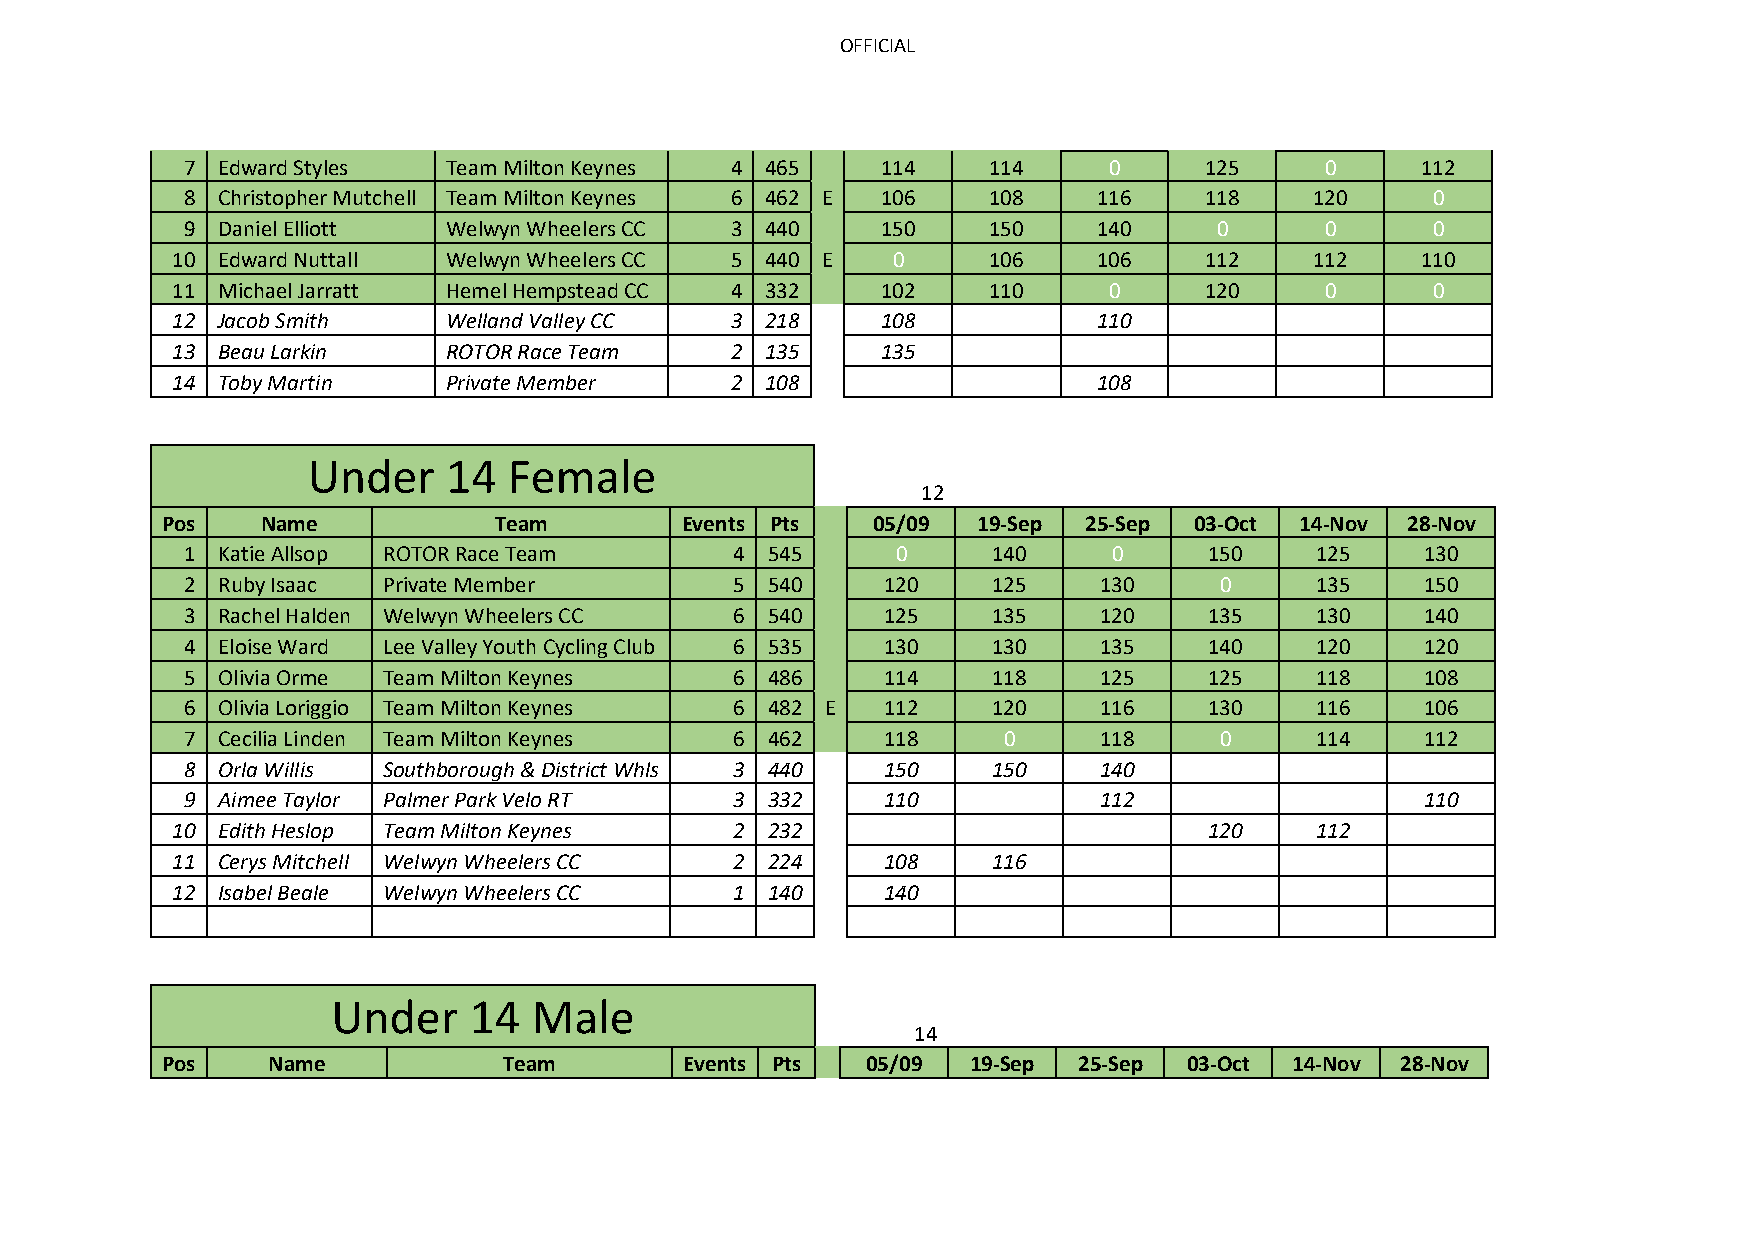
OFFICIAL
 7 Edward Styles  Team Milton Keynes 4  465    114    114     0      125     0     112
 8 Christopher Mutchell Team Milton Keynes 6 462 E 106 108    116    118    120     0
 9 Daniel Elliott Welwyn Wheelers CC 3  440    150    150     140     0      0      0
 10 Edward Nuttall Welwyn Wheelers CC 5  440 E   0     106     106    112    112    110
 11 Michael Jarratt Hemel Hempstead CC 4 332    102    110     0      120     0      0
 12 Jacob Smith    Welland Valley CC  3  218    108     0      110     0      0      0
 13 Beau Larkin    ROTOR Race Team    2  135    135     0      0       0      0      0
 14 Toby Martin    Private Member     2  108     0      0      108     0      0      0
 Under     14  Female
 12
 Pos   Name            Team        Events Pts   05/09  19-Sep 25-Sep 03-Oct 14-Nov 28-Nov
 1 Katie Allsop ROTOR Race Team       4 545     0      140     0     150    125    130
 2 Ruby Isaac Private Member          5 540    120     125    130     0     135    150
 3 Rachel Halden Welwyn Wheelers CC   6 540    125     135    120    135    130    140
 4 Eloise Ward Lee Valley Youth Cycling Club 6 535 130 130    135    140    120    120
 5 Olivia Orme Team Milton Keynes     6 486    114     118    125    125    118    108
 6 Olivia Loriggio Team Milton Keynes 6 482 E  112     120    116    130    116    106
 7 Cecilia Linden Team Milton Keynes  6 462    118     0      118     0     114    112
 8 Orla Willis Southborough & District Whls 3 440 150  150    140     0      0      0
 9 Aimee Taylor Palmer Park Velo RT   3 332    110     0      112     0      0     110
 10 Edith Heslop Team Milton Keynes    2 232     0      0       0     120    112     0
 11 Cerys Mitchell Welwyn Wheelers CC  2 224    108     116     0      0      0      0
 12 Isabel Beale Welwyn Wheelers CC    1 140    140     0       0      0      0      0
 Under    14  Male
 14
 Pos    Name           Team        Events Pts  05/09  19-Sep 25-Sep  03-Oct 14-Nov 28-Nov